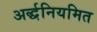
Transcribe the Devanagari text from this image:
अर्द्धनियमित